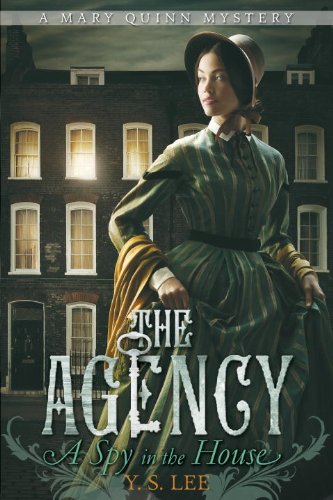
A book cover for The Agency 1: A Spy in the House (The Agency Mysteries); Y.S. Lee; Teen & Young Adult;